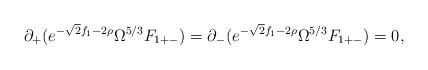
LaTeX: \begin{align*}\partial_+ ( e^{-\sqrt{2} f_1 -2 \rho} \Omega^{5/3} F_{1 +-} )= \partial_- ( e^{-\sqrt{2} f_1 -2 \rho} \Omega^{5/3} F_{1 +-} ) = 0 ,\end{align*}